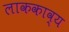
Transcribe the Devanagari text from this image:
लाककाव्य